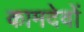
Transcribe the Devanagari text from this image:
कामदेवों